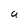
Character: U